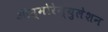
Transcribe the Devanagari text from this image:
ऑस्मोरेग्युलेशन